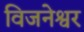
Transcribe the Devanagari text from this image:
विजनेश्वर